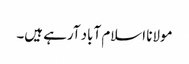
مولانا اسلام آباد آرہے ہیں۔